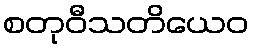
စတုဝီသတိယေဝ